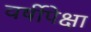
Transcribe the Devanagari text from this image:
वर्षीपेक्षा